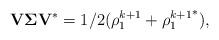
LaTeX: \begin{align*}\mathbf{V}\mathbf{\Sigma}\mathbf{V}^* = 1/2(\rho_1^{k+1}+{\rho_1^{k+1}}^*),\end{align*}